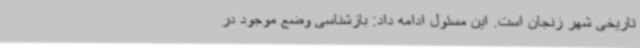
تاریخی شهر زنجان است. این مسئول ادامه داد: بازشناسی وضع موجود در